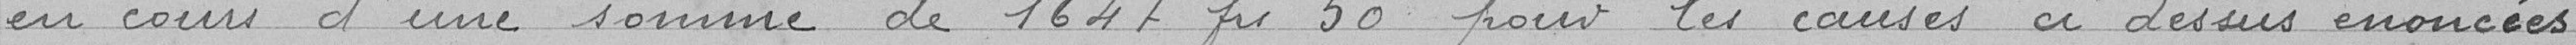
en cours de 1647 francs 50 pour les causes ci dessus énoncés